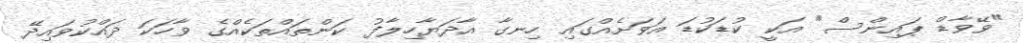
"ވޭވާޑް ޕައިންސް" އަކީ ކުޑަކުޑަ އަވަށެއްގައި ހިނގާ އާދަޔާހިލާފު ކަންތައްތަކެއްގެ ވާހަކަ ދައްކުވައިދޭ